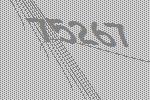
75267